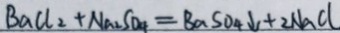
B a C l _ { 2 } + N a _ { 2 } S O _ { 4 } = B a S O _ { 4 } \downarrow + 2 N a C l